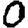
Digit: 0